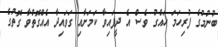
ބުނުމުގެ ފުރިހަމަ ހައްގު ވެސް އެ ދީފައިވާ ކަމަށާއި ގަވައިދާ އެއްގޮތްވާ ގޮތުގެ